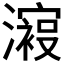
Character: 𣿟